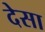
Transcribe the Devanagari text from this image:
देसा